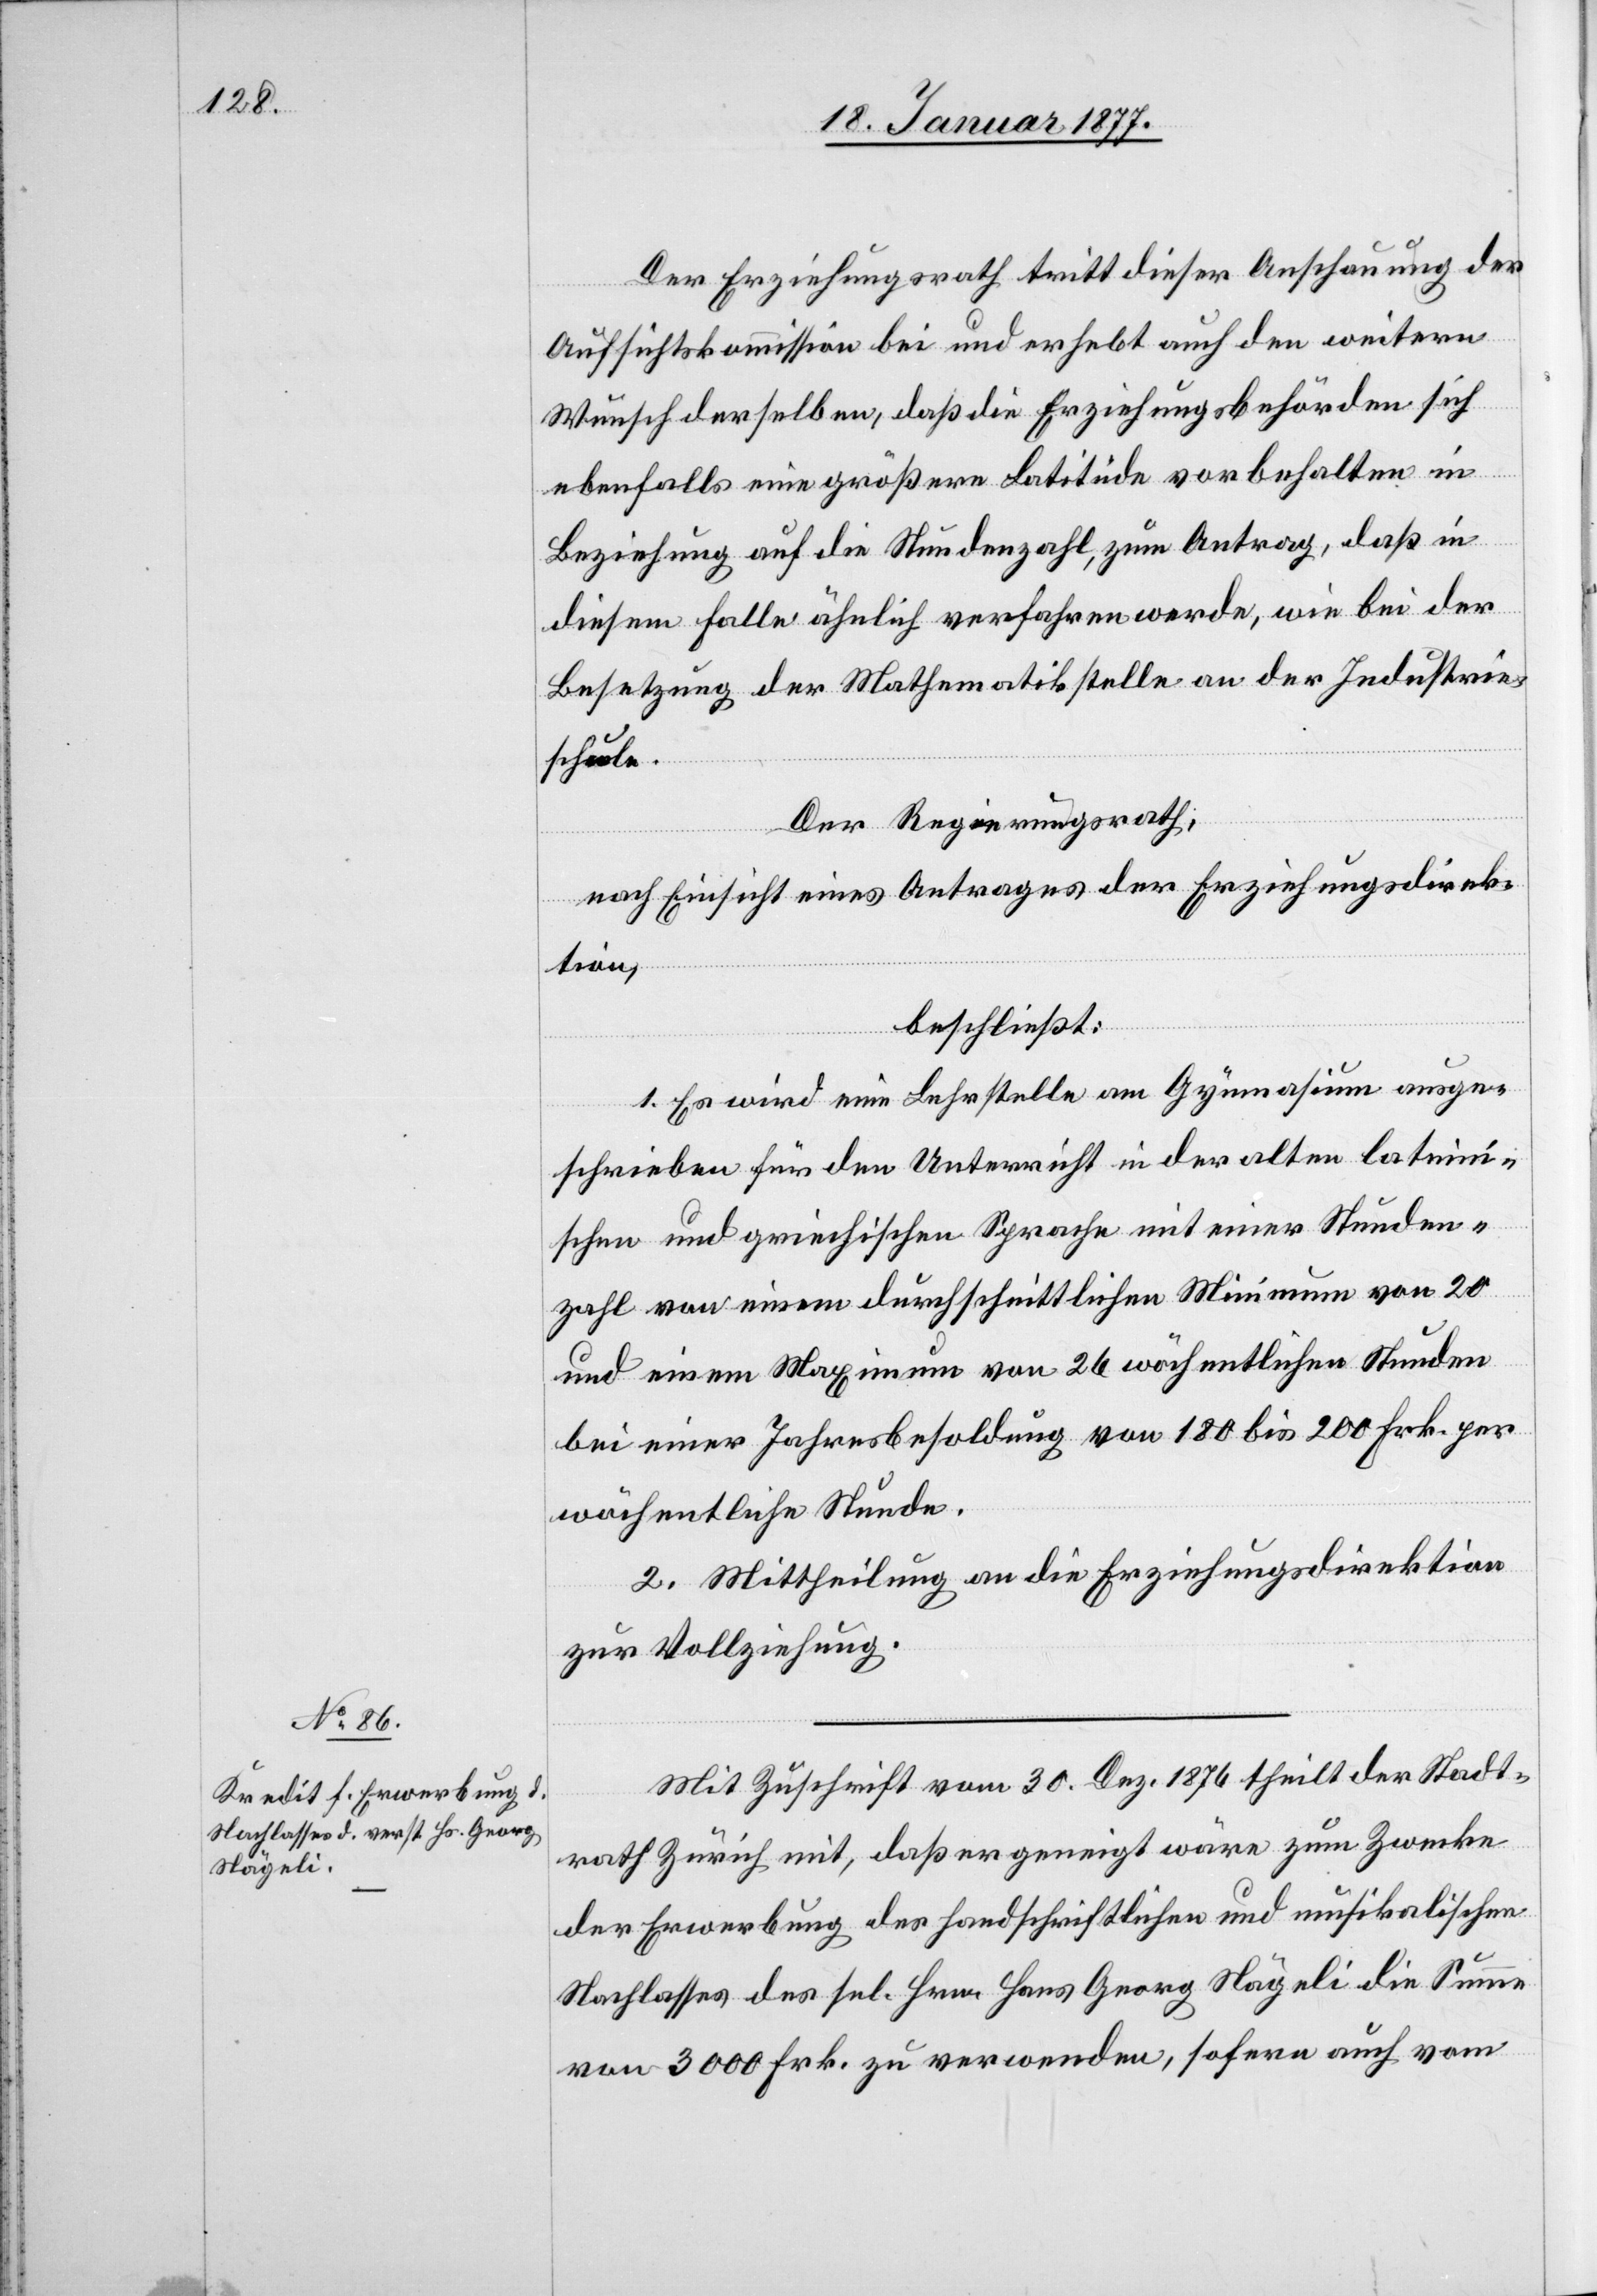
Der Erziehungsrath tritt dieser Anschauung der
Aufsichtskommission bei und erhebt auch den weitern
ebenfalls eine größere Latitüde vorbehalten in
Beziehung auf die Stundenzahl, zum Antrag, daß in
diesem Falle ähnlich verfahren werde, wie bei der
Besetzung der Mathematikstelle an der Industrie¬
schule.
Der Regierungsrath,
nach Einsicht eines Antrages der Erziehungsdirek¬
tion,
beschließt:
1. Es wird eine Lehrstelle am Gymnasium ausge¬
schrieben für den Unterricht in der alten lateini¬
schen und griechischen Sprache mit einer Stunden¬
zahl von einem durchschnittlichen Minimum von 20
und einem Maximum von 26 wöchentlichen Stunden
bei einer Jahresbesoldung von 180 bis 200 Frk. per
wöchentlicher Stunde.
2. Mittheilung an die Erziehungsdirektion
zur Vollziehung.
Mit Zuschrift vom 30. Dez. 1876 theilt der Stadt¬
rath Zürich mit, daß er geneigt wäre zum Zwecke
der Erwerbung des handschriftlichen und musikalischen
Nachlasses des sel. Hrn. Hans Georg Nägeli die Summe
von 3000 Frk. zu verwenden, sofern auch vom